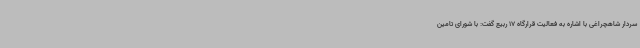
سردار شاهچراغی با اشاره به فعالیت قرارگاه 17 ربیع گفت: با شورای تامین